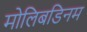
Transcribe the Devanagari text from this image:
मोलिबडिनम